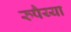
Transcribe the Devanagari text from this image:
रुपैय्या